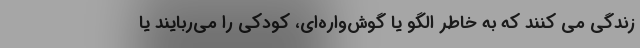
زندگی می کنند که به خاطر الگو یا گوش‌واره‌ای، کودکی را می‌ربایند یا